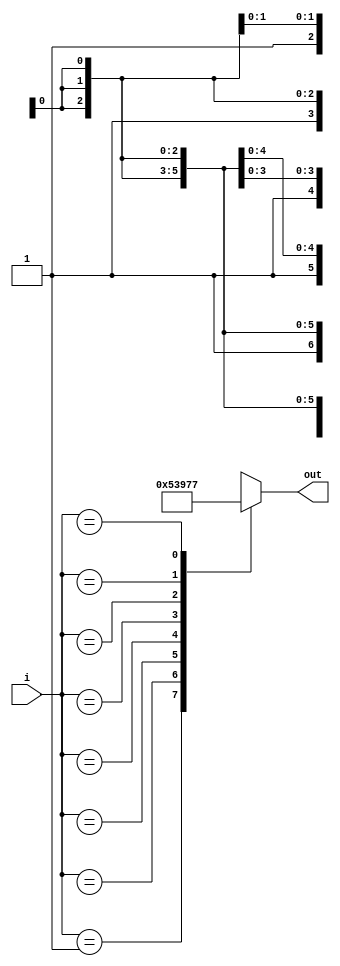
module Priority_encoder_(i,out);
input [7:0] i;
output reg[2:0] out;
always@(*)
case(i)
8'b00000001:out=3'b000;
8'b0000001x:out=3'b001;
8'b000001xx:out=3'b010;
8'b00001xxx:out=3'b011;
8'b0001xxxx:out=3'b100;
8'b001xxxxx:out=3'b101;
8'b01xxxxxx:out=3'b110;
8'b1xxxxxxx:out=3'b111; 
default: out=3'bxxx;
endcase
endmodule

module Priority_encoder_tb();
reg [7:0]i;
wire [2:0]out;

Priority_encoder_ uut(.i(i),.out(out));

initial begin
// second method
i = 0;
// Wait 100 ns for global reset to finish
#100;
 #1600 $finish;
// Add stimulus here
end
always begin
#100 i = i+8'b00000001;
 end
endmodule